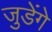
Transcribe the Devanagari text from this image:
जुडेंगे